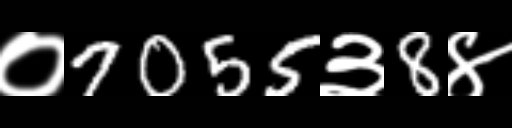
Text: ०7055३8४